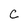
Character: C